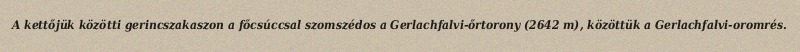
A kettőjük közötti gerincszakaszon a főcsúccsal szomszédos a Gerlachfalvi-őrtorony (2642 m), közöttük a Gerlachfalvi-oromrés.